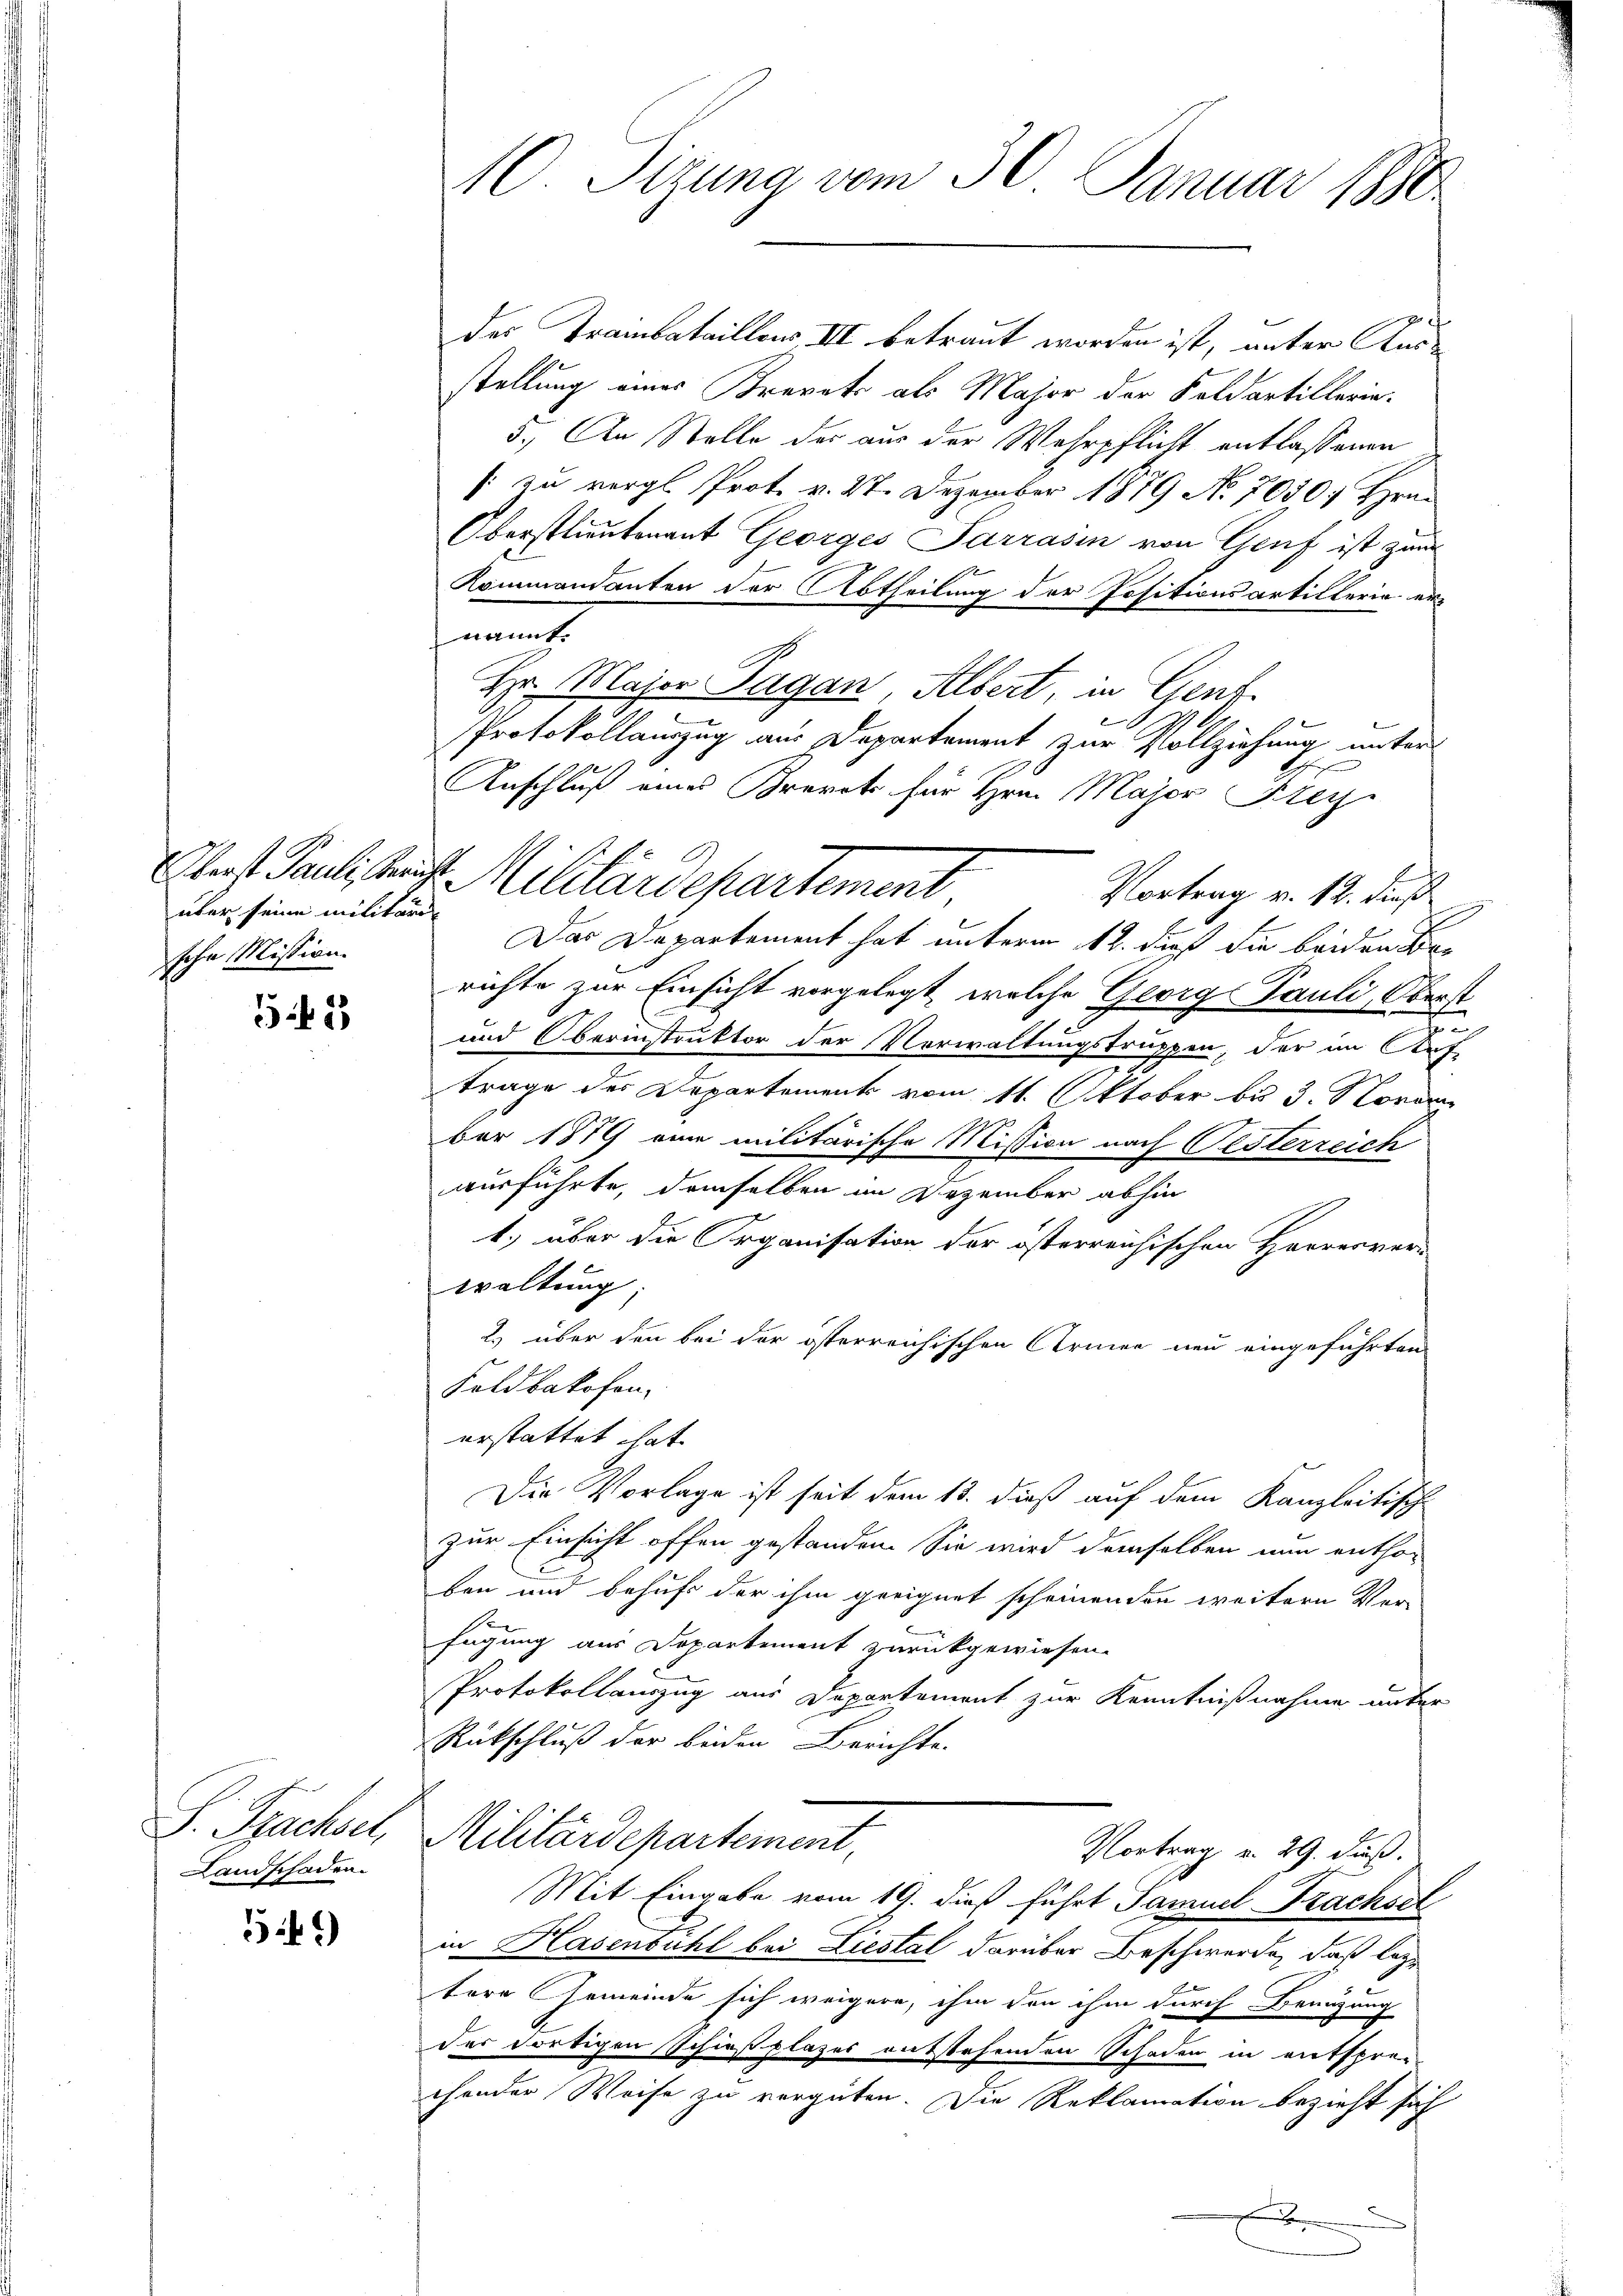
über seine militäri
sche Mission.

541

S. Pachte,
Landschaden.

542)

M. Sizung vom 30. Januar 1890

des Trambataillons III betraut worden ist, unter Ausstellung eines Krevets als Major der Soldartillerin¬
5.) An Stelle der aus der Wehrpflicht entlassenen
[: zu vergl. Prot. v. 27. Dezember 1879 No 7050; Hrn.
Oberstlieutenant Georges Sarrasin von Genf ist zum
Kommandanten der Abtheilung der Positionsartillerin ernannt.
Hr. Maier Tagan Albert, in Gent.
Protokollauszug aus Departement zur Vollziehung unter
x
Anschluß eines Brevet für Hrn. Major Frey
Vortrag v. 12. dieß
Das Departement hat unterm 12. daß die beiden Berichte zur Einsicht vorgelegt, welche Georg Pauli, Oberst
un
und Oberinstruktor der Verwaltungstruppen, der im Auf-
trage des Departements vom 11. Oktober bis 3. Novem
ber 1879 eine militärische Mission nach Oesterreich
ausführte, demselben im Dezember abhin
1.) über die Organisation der österreichischen Harrerver-
waltung;
2) über den bei der österreichischen Armen neu eingeführten
Foldbakofen.
erstattet hat.
Die Vorlage ist seit dem 13. dieß auf dem Kanzleitisch-
zur Einsicht offen gestanden. Sie wird demselben nun enthor
ben und behufs der ihm geeignet scheinenden weitern Vor-
fügung aus Dopartement zurückgewiesen.
Protokollanzug aus Departement zur Kenntnißnahme unter
Rückschluß der beiden Berichte.
Militärdepartement,
Vortrag v. 29. Fuß.
Mit Eingabe vom 19. dieß führt Samuel Trachsel
in Hasenbühl bei Liestal darüber Beschwerde, daß leztere Gemeinde sich weigere, ihm den ihm durch Benügung
der dortigen Schießplazes entstehenden Schaden in entspre-
chender Weise zu vergüten. Die Reklamation bezieht sich
e

Oberst Paulis kraut Militärdepartement